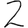
Digit: 2